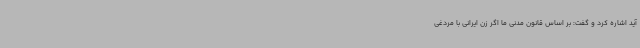
آید اشاره کرد و گفت: بر اساس قانون مدنی ما اگر زن ایرانی با مردغی